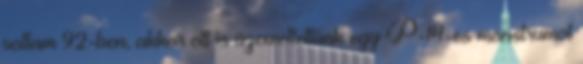
voltam 92-ben, akkor ott is üzemeltettünk egy P-14-es monstrumot